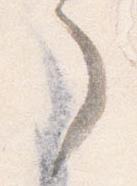
了